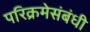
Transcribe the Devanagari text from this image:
परिक्रमेसंबंधी